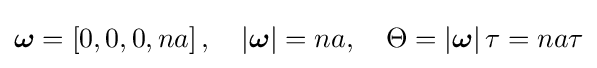
{\boldsymbol {\omega }}=\left[0,0,0,na\right],\quad \left|{\boldsymbol {\omega }}\right|=na,\quad \Theta =\left|{\boldsymbol {\omega }}\right|\tau =na\tau